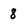
Character: 8